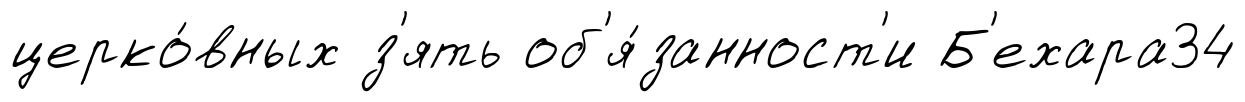
церко́вных з'ять об'я́занност'и Б'ехара34